Senior Leaving Certificate Examination (including Day School Certificate (Higher) General paper), 1949
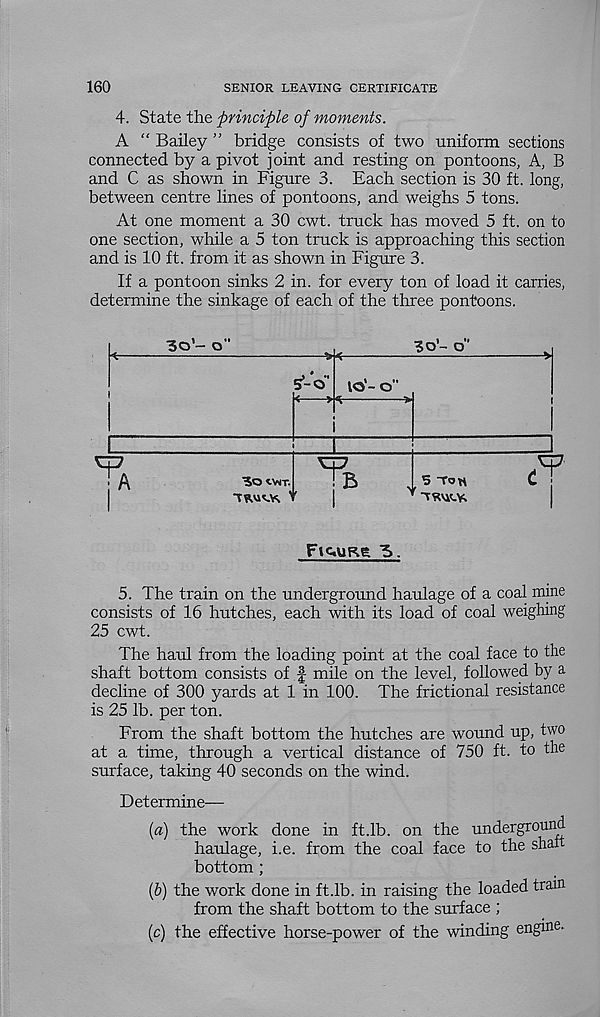
160
SENIOR LEAVING CERTIFICATE
4. State the principle of moments.
A “ Bailey ” bridge consists of two uniform sections
connected by a pivot joint and resting on pontoons, A, B
and C as shown in Figure 3. Each section is 30 ft. long,
between centre lines of pontoons, and weighs 5 tons.
At one moment a 30 cwt. truck has moved 5 ft. on to
one section, while a 5 ton truck is approaching this section
and is 10 ft. from it as shown in Figure 3.
If a pontoon sinks 2 in. for every ton of load it carries,
determine the sinkage of each of the three pontoons.
Fic«urs 3.
5. The train on the underground haulage of a coal mine
consists of 16 hutches, each with its load of coal weighing
25 cwt.
The haul from the loading point at the coal face to the
shaft bottom consists of f mile on the level, followed by a
decline of 300 yards at 1 in 100. The frictional resistance
is 25 lb. per ton.
From the shaft bottom the hutches are wound up, two
at a time, through a vertical distance of 750 ft. to the
surface, taking 40 seconds on the wind.
Determine—
[a) the work done in ft.lb. on the underground
haulage, i.e. from the coal face to the shah
bottom ;
Ip) the work done in ft.lb. in raising the loaded tram
from the shaft bottom to the surface ;
(c) the effective horse-power of the winding engine-